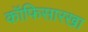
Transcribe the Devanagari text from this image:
कॉफिसारखा